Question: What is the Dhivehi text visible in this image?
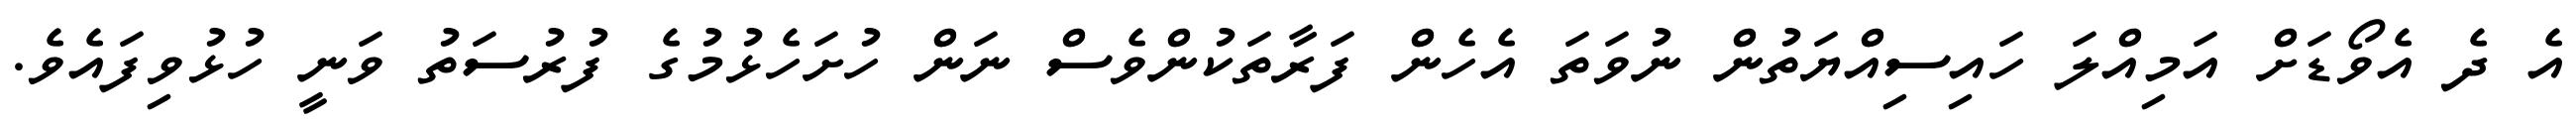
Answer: އެ ދެ އެވޯޑަށް އަމިއްލަ ހައިސިއްޔަތުން ނުވަތަ އެހެން ފަރާތަކުންވެސް ނަން ހުށަހެޅުމުގެ ފުރުސަތު ވަނީ ހުޅުވިފައެވެ.